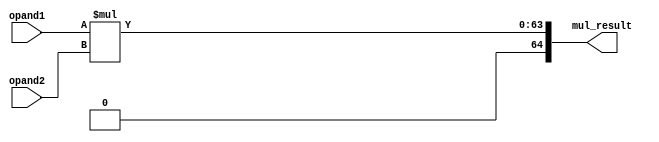

//************************************************************************//
//PODES:    Processor Optimization for Deeply Embedded System                                                                 
//Web:      www.mcucore.club                         
//Bug report: sunyata.peng@foxmail.com                                                                          
//Q_Q:   2143971503         
//************************************************************************//
//                                                                          
//  PODES_M0O - PODES IP Core                              
//                                      
//                                                                          
//  This library is free software; you can redistribute it and/or           
//  modify it under the terms of the GNU Lesser General Public              
//  License as published by the Free Software Foundation; either            
//  version 2.1 of the License, or (at your option) any later version.      
//                                                                          
//  This library is distributed in the hope that it will be useful,         
//  but WITHOUT ANY WARRANTY; without even the implied warranty of          
//  MERCHANTABILITY or FITNESS FOR A PARTICULAR PURPOSE.  See the GNU       
//  Lesser General Public License for more details.                         
//                                                                          
//  Full details of the license can be found in the file LGPL.TXT.          
//                                                                          
//  You should have received a copy of the GNU Lesser General Public        
//  License along with this library; if not, write to the Free Software     
//  Foundation, Inc., 59 Temple Place, Suite 330, Boston, MA 02111-1307 USA 
//                                                                          
//************************************************************************//
// Version     : 1.0
// Description : 32x32 multiplier. 
// -----------------------------History-----------------------------------//
// Date      BY   Version  Change Description
//
// 20200101  PODES   1.0      Initial Release. 
//                                                                        
//************************************************************************//
// --- CVS information:
// ---    $Author: $
// ---    $Revision: $
// ---    $Id: $
// ---    $Log$ 
//
//************************************************************************//

module mul32x32 (
                 mul_result,
                 opand1,
                 opand2
                 ) ;

//-----------------------------------------------------------//
//                      INPUTS / OUTPUTS                     //
//-----------------------------------------------------------//
input [31:0]      opand1;
input [31:0]      opand2;
             
output [64:0]     mul_result;

//-----------------------------------------------------------//
//                    REGISTERS & WIRES                      //
//-----------------------------------------------------------//





//-----------------------------------------------------------//
//                          PARAMETERS                       //
//-----------------------------------------------------------//
//parameter INV_0  = 1'b0;


//-----------------------------------------------------------//
//                          ARCHITECTURE                     //
//-----------------------------------------------------------//

//multiplier operations
assign mul_result = opand1 * opand2;


endmodule